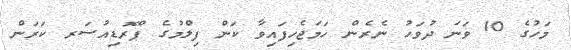
މަހުގެ 10 ވަނަ ދުވަހު ނެރެން ހަމަޖެހިފައިވާ ކަން ފިލްމުގެ ޕްރޮޑިއުސަރ ކަރަން